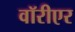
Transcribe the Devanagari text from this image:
वॉरीएर